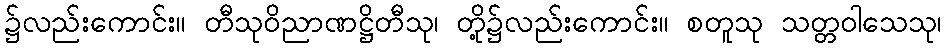
၌လည်းကောင်း။ တီသုဝိညာဏဋ္ဌိတီသု၊ တို့၌လည်းကောင်း။ စတူသု သတ္တဝါသေသု၊